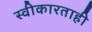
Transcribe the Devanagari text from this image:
स्वीकारताही